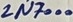
Text: 2N7000